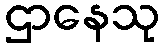
ဌာနေသု